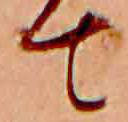
て